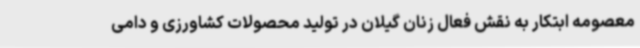
معصومه ابتکار به نقش فعال زنان گیلان در تولید محصولات کشاورزی و دامی